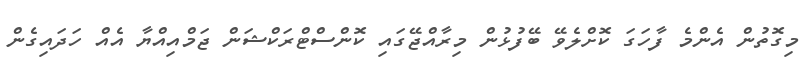
މިގޮތުން އެންމެ ފާހަގަ ކޮށްލެވޭ ބޭފުޅުން މިރާއްޖޭގައި ކޮންސްޓްރަކްޝަން ޖަމްއިއްޔާ އެއް ހަދައިގެން